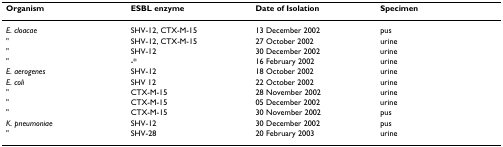
| Organism | ESBL enzyme | Date of Isolation | Specimen |
 | --- | --- | --- | --- |
 | E. cloacae | SHV-12, CTX-M-15 | 13 December 2002 | pus |
 | " | SHV-12, CTX-M-15 | 27 October 2002 | urine |
 | " | SHV-12 | 30 December 2002 | urine |
 | " | -* | 16 February 2002 | urine |
 | E. aerogenes | SHV-12 | 18 October 2002 | urine |
 | E. coli | SHV 12 | 22 October 2002 | urine |
 | " | CTX-M-15 | 28 November 2002 | urine |
 | " | CTX-M-15 | 05 December 2002 | urine |
 | " | CTX-M-15 | 30 November 2002 | pus |
 | K. pneumoniae | SHV-12 | 30 December 2002 | pus |
 | " | SHV-28 | 20 February 2003 | urine |